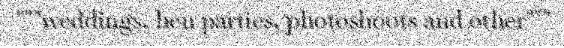
"""weddings, hen parties, photoshoots and other"""